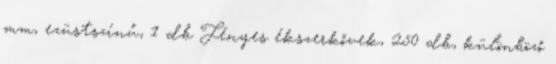
mm, ezüstszínű, 1 db Fényes ékszerkővek, 250 db, különböző